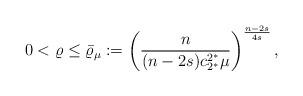
LaTeX: \begin{align*}0<\varrho\leq \bar{\varrho}_\mu:=\left(\frac{n}{(n-2s) c_{2^*}^{2^*}\mu}\right)^{\frac{n-2s}{4s}},\end{align*}